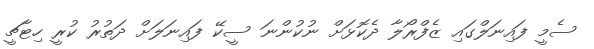
ސެމީ ފައިނަލްގައި ޒެފްރޯލާ ދެކޮޅަށް ނުކުންނަ ސީކޭ ފައިނަލަށް ދަތުރު ކުރީ ހިޓާޗީ